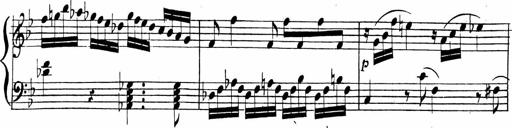
Title: 2 Piano Sonatinas
Composer: Ferdinand Ries